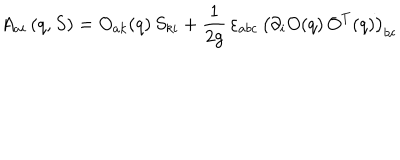
A _ { a i } \left( q , S \right) = O _ { a k } ( q ) \, S _ { k i } + \frac { 1 } { 2 g } \, \varepsilon _ { a b c } \, \left( \partial _ { i } O ( q ) \, O ^ { T } ( q ) \right) _ { b c }